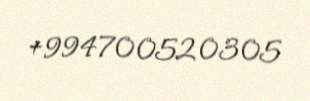
+994700520305